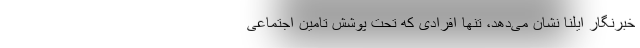
خبرنگار ایلنا نشان می‌دهد، تنها افرادی که تحت پوشش تامین اجتماعی